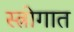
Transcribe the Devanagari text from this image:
स्त्रोगात